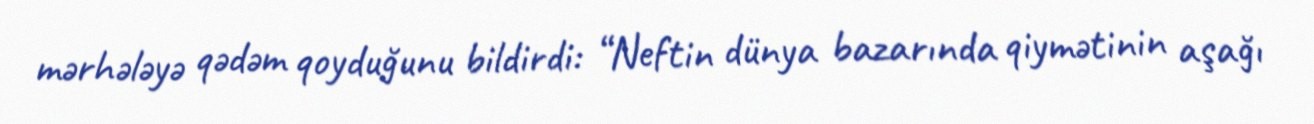
mərhələyə qədəm qoyduğunu bildirdi: “Neftin dünya bazarında qiymətinin aşağı